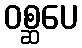
ဝစ္ဆပေ